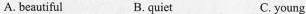
A. beautiful B.quiet c. young